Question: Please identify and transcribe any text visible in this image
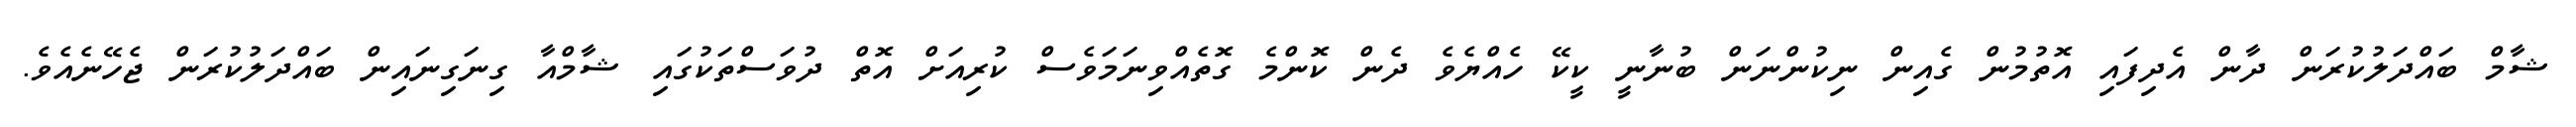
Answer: ޝާމް ބައްދަލުކުރަން ދާން އެދިފައި އޮތުމުން ގެއިން ނިކުންނަން ބުނާނީ ކީކޭ ހެއްޔެވެ ދެން ކޮންމެ ގޮތެއްވިނަމަވެސް ކުރިއަށް އޮތް ދުވަސްތަކުގައި ޝާމްއާ ގިނަގިނައިން ބައްދަލުކުރަން ޖެހޭނެއެވެ.